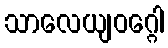
သာလေယျဝဂ္ဂေါ